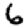
Digit: 6